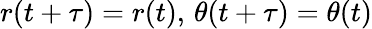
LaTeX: r(t+\tau)=r(t),\, \theta(t+\tau)=\theta(t)